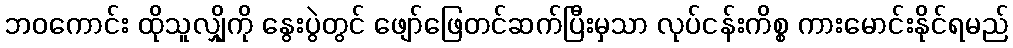
ဘဝကောင်း ထိုသူလျှိုကို နွေးပွဲတွင် ဖျော်ဖြေတင်ဆက်ပြီးမှသာ လုပ်ငန်းကိစ္စ ကားမောင်းနိုင်ရမည်